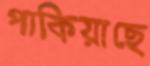
পাকিয়াছে